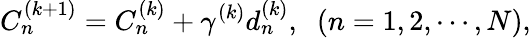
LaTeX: C_{n}^{\left({k+1}\right)}=C_{n}^{\left(k\right)}+{\gamma^{\left(k\right)}}d_{n}^{\left(k\right)},\; \; \left({n=1,2,\cdots,N}\right),